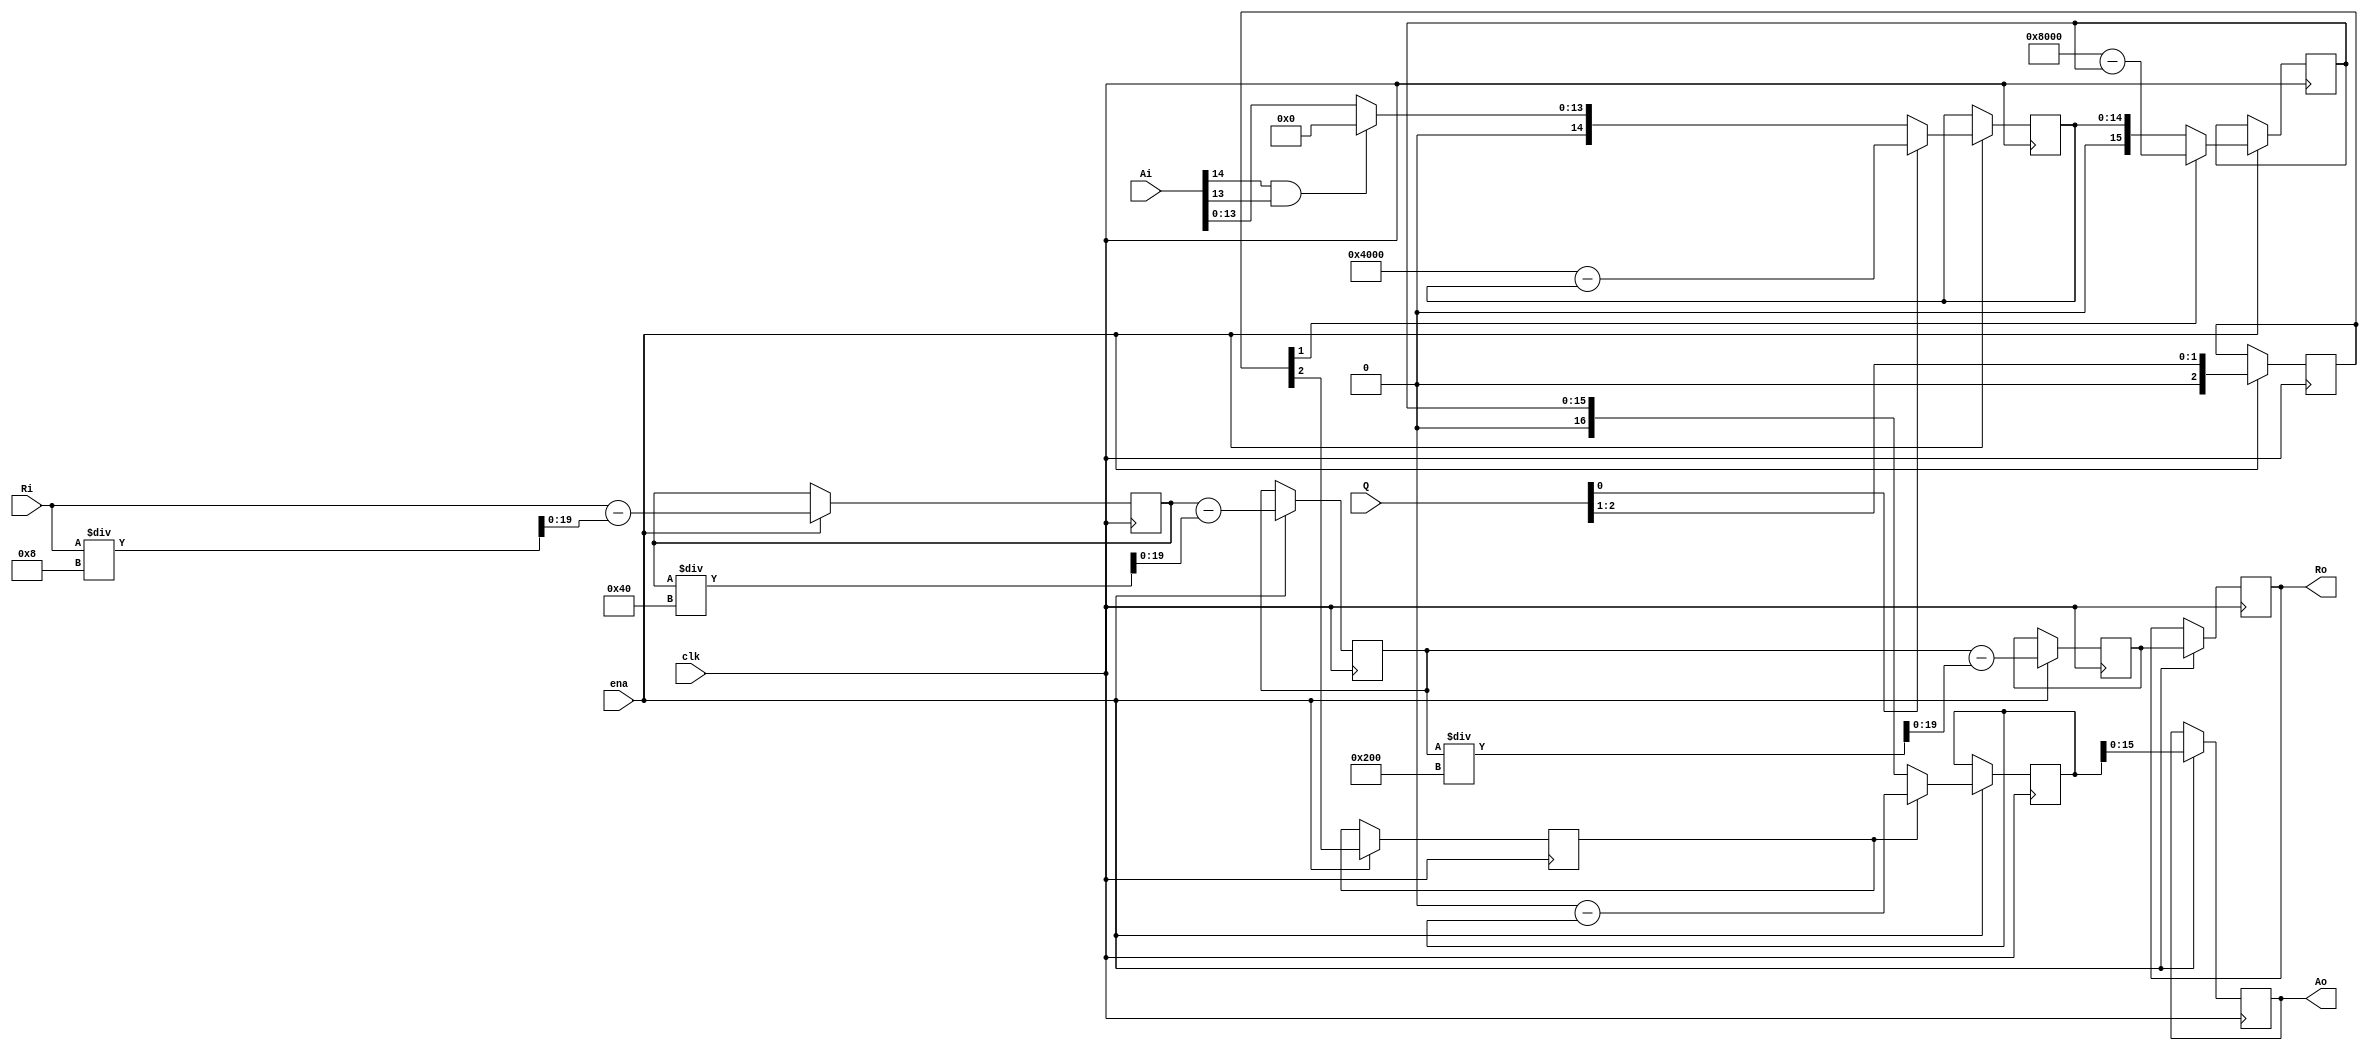
module post (
    input clk,
    input ena,
    input [15:0] Ai,
    input [19:0] Ri,
    input [2:0] Q,
    output reg [15:0] Ao,
    output reg [19:0] Ro
);

// Constants
parameter cPI2 = 16'd16384; // Pi/2 = 0x4000
parameter cPI = 16'd32768; // Pi = 0x8000
parameter c2PI = 16'd65536; // 2*Pi = 0x10000

// Radius calculation block
reg [19:0] RadA, RadB, RadC;

always @(posedge clk) begin
    if (ena == 1'b1) begin
        RadA <= Ri - (Ri / 8);
        RadB <= RadA - (RadA / 64);
        RadC <= RadB - (RadB / 512);
    end
end

// Angle calculation block
reg [2:0] dQ;
reg ddQ;
reg [14:0] AngStep1;
reg [15:0] AngStep2;
reg [16:0] AngStep3;

always @(posedge clk) begin
    if (ena == 1'b1) begin
        // Step 1
        if (Ai[14] && Ai[13]) begin
            AngStep1 <= 15'd0;
        end else begin
            AngStep1 <= {1'b0, Ai[13:0]};
        end
        
        if (Q[0] == 1'b1) begin
            AngStep1 <= cPI2 - AngStep1;
        end
        
        dQ <= {Q[2], Q[1]};
        
        // Step 2
        AngStep2 <= {1'b0, AngStep1};
        
        if (dQ[1] == 1'b1) begin
            AngStep2 <= cPI - AngStep2;
        end
        
        ddQ <= dQ[2];
        
        // Step 3
        AngStep3 <= {1'b0, AngStep2};
        
        if (ddQ == 1'b1) begin
            AngStep3 <= c2PI - AngStep3;
        end
        
        Ao <= AngStep3[15:0];
    end
end

// Output assignment
always @(posedge clk) begin
    if (ena == 1'b1) begin
        Ro <= RadC;
    end
end

endmodule